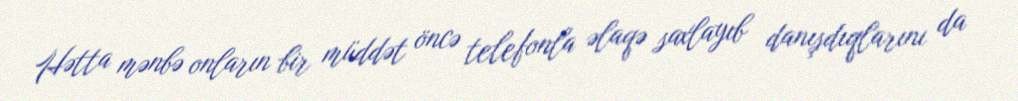
Hətta mənbə onların bir müddət öncə telefonla əlaqə saxlayıb danışdıqlarını da